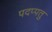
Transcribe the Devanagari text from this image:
पदप्पतु